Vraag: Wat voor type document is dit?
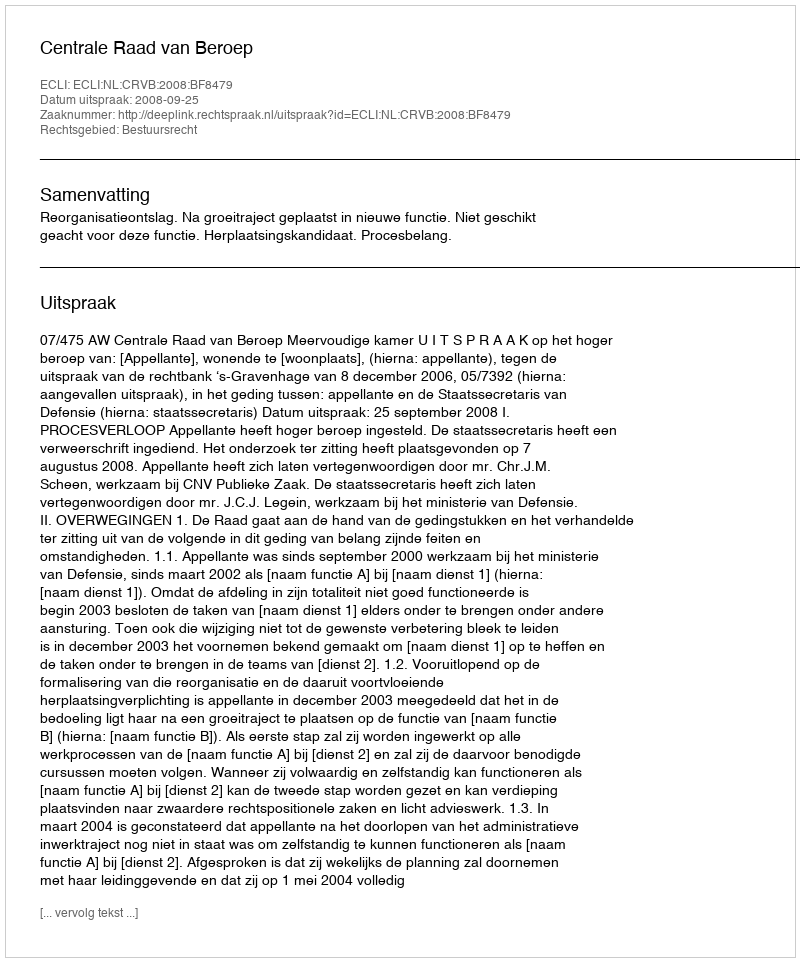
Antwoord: Uitspraak